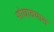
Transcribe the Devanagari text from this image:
शोधावयास